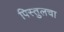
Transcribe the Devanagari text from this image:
पिस्तुलचा